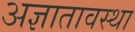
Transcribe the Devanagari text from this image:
अज्ञातावस्था